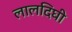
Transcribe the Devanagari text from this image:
लालदिघी